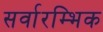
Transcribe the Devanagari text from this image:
सर्वारम्भिक